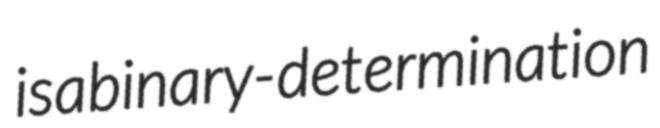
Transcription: is a binary-determination